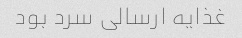
غذایه ارسالی سرد بود